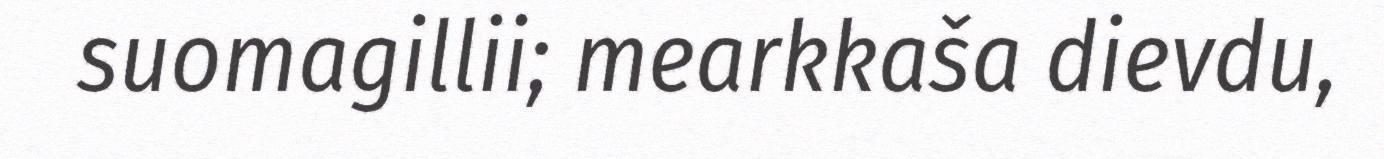
suomagillii; mearkkaša dievdu,